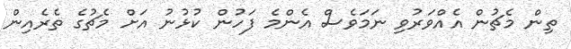
ތިން މެޗުން އެއްވަރުވި ނަމަވެސް އެންމެ ފަހުން ކުޅުނު އަށް މެޗުގެ ތެރެއިން